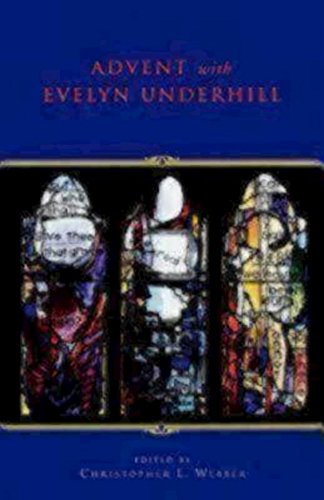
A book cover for Advent With Evelyn Underhill; Evelyn Underhill; Christian Books & Bibles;